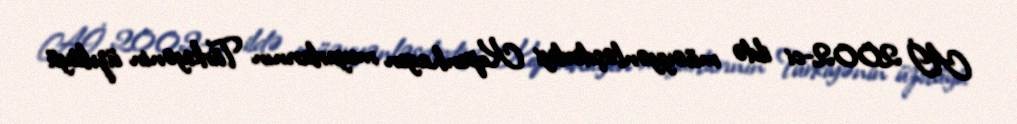
Aİ 2002-ci ildə müəyyənləşdirdiyi Kopenhagen meyarlarının Türkiyənin üzvlüyü